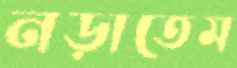
নড়াতেম